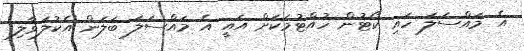
އެ މައްސަލަ ހައި ކޯޓުން ހުއްޓުމަކަށް އައީ އެ މައްސަލަ ބަލަން އެކުލަވާލި